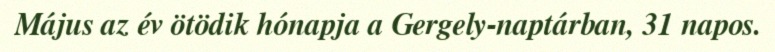
Május az év ötödik hónapja a Gergely-naptárban, 31 napos.